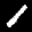
Label: 1